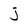
Character: j